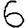
Digit: 6